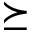
\succeq